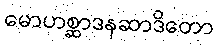
မောဟစ္ဆာဒနဆာဒိတော